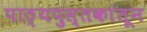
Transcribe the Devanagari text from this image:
पाठ्यपुस्तकांतून